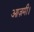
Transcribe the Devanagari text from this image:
आज़मी।